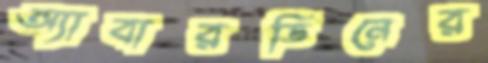
অ্যাবারডিনের